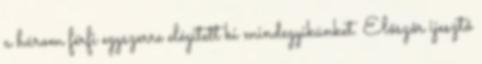
a három férfi egyszerre elégített ki mindegyikünket. Előszőr ijesztő